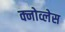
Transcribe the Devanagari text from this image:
क्नोव्लेस